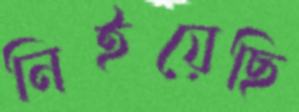
নিইয়েছি